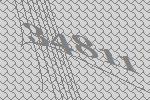
34811